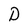
Character: D